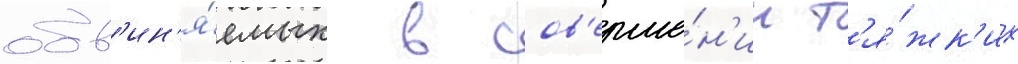
обв'ин'я́емых в сов'ерше́н'ии т'я́жк'их